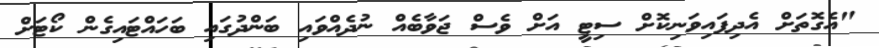
"އެގޮތަށް އެދިިފައިވަނިކޮށް ސިޓީ އަށް ވެސް ޖަވާބެއް ނުދެއްވައި ބަންދުގައި ބަހައްޓައިގެން ކޯޓަށް